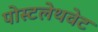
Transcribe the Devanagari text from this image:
पोस्टलेथवेट